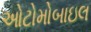
ઓટોમોબાઇલ